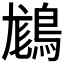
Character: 𪁪